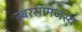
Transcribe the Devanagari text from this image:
स्वरसामंजस्य